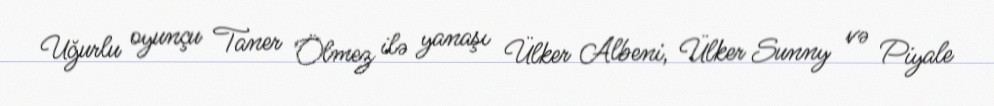
Uğurlu oyunçu Taner Ölmez ilə yanaşı Ülker Albeni, Ülker Sunny və Piyale